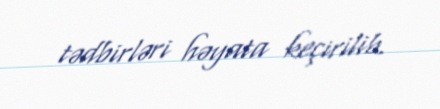
tədbirləri həyata keçirilib.